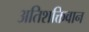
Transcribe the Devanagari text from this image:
अतिशक्तिवान